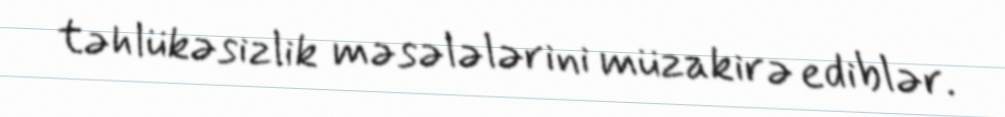
təhlükəsizlik məsələlərini müzakirə ediblər.